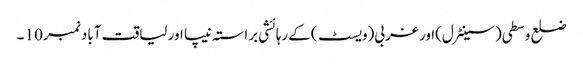
ضلع وسطی(سینٹرل)اور غربی(ویسٹ )کے رہائشی براستہ نیپا اور لیاقت آباد نمبر 10 ۔